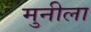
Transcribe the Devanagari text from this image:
मुनीला